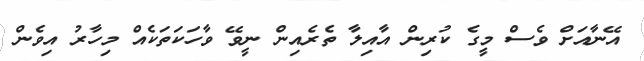
އޭނާއަށް ވެސް މީގެ ކުރިން އާއިލާ ތެރެއިން ނީވޭ ވާހަކަތަކެއް މިހާރު އިވެން